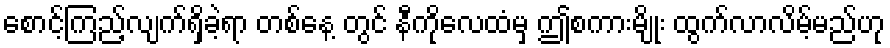
စောင့်ကြည့်လျက်ရှိခဲ့ရာ တစ်နေ့ တွင် နီကိုလေထံမှ ဤစကားမျိုး ထွက်လာလိမ့်မည်ဟု